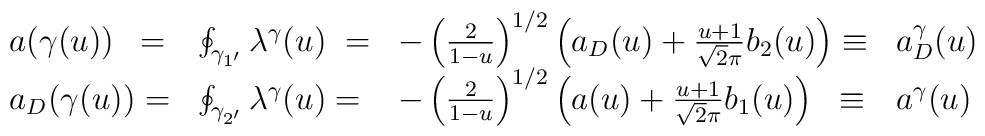
\begin{array}{llll}a(\gamma(u)) \;\:= &\oint_{\gamma_{1'}} \lambda^{\gamma} (u)\; = &- \left( \frac{2}{1-u}\right)^{1/2} \left( a_D(u) + \frac{u+1}{\sqrt2\pi} b_2(u) \right)  \equiv & a_{D}^{\gamma}(u)  \\a_D(\gamma(u)) = &\oint_{\gamma_{2'}} \lambda^{\gamma} (u) = &- \left( \frac{2}{1-u}\right)^{1/2} \left( a(u) + \frac{u+1}{\sqrt2\pi} b_1(u) \right)\; \; \equiv & a^{\gamma}(u)\end{array}